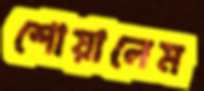
শোয়ালেম